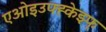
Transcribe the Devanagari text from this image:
एओइउफ्ह्केझ्फ्